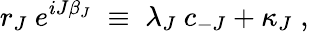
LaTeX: r_{J}~e^{iJ\beta_{J}}\; \equiv\; \lambda_{J}~c_{-J}+\kappa_{J}\; ,